Lunatic asylums in Bengal annual reports 1912-1924 - 1912-1924
Year: 1912
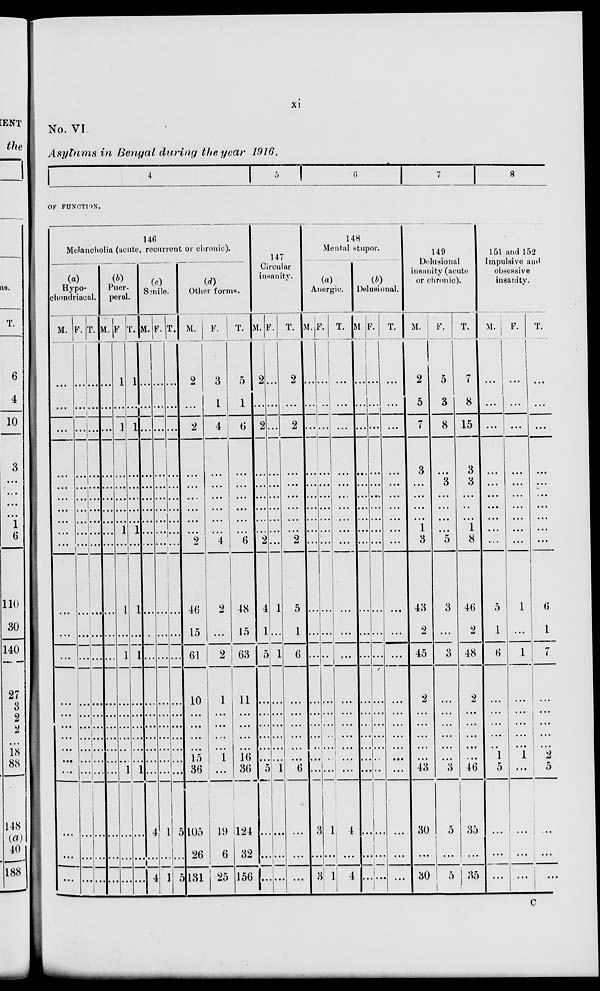
xi
No. VI
Asylums in Bengal during the year 1916.
4
5
6
7
8
OF FUNCTION.
146
Melancholia (acute, recurrent or chronic).
(a)
Hypo-
chondriacal.
M.
...
...
...
...
...
...
...
...
...
...
...
...
...
...
...
...
...
...
...
...
...
...
...
F.
...
...
...
...
...
...
...
...
...
...
...
...
...
...
...
...
...
...
...
...
...
...
...
T.
...
...
...
...
...
...
...
...
...
...
...
...
...
...
...
...
...
...
...
...
...
...
...
(b)
Puer-
peral.
M.
...
...
...
...
...
...
...
...
...
...
...
...
...
...
...
...
...
...
...
...
...
...
...
F.
1
...
1
...
...
...
...
...
1
...
1
...
1
...
...
...
...
...
...
1
...
...
...
T.
1
...
1
...
...
...
...
...
1
...
1
...
1
...
...
...
...
...
...
1
...
...
...
(c)
Senile.
M.
...
...
...
...
...
...
...
...
...
...
...
...
...
...
...
...
...
...
...
...
4
...
4
F.
...
...
...
...
...
...
...
...
...
...
...
...
...
...
...
...
...
...
...
...
1
...
1
T.
...
...
...
...
...
...
...
...
...
...
...
...
...
...
...
...
...
...
...
...
5
...
5
(d)
Other forms.
M.
2
...
2
...
...
...
...
...
...
2
46
15
61
10
...
...
...
...
15
36
105
26
131
F.
3
1
4
...
...
...
...
...
...
4
2
...
2
1
...
...
...
...
1
...
19
6
25
T.
5
1
6
...
...
...
...
...
...
6
48
15
63
11
...
...
...
...
16
36
124
32
156
147
Circular
insanity.
M.
2
...
2
...
...
...
...
...
...
2
4
1
5
...
...
...
...
...
...
5
...
...
...
F.
...
...
...
...
...
...
...
...
...
...
1
...
1
...
...
...
...
...
...
1
...
...
...
T.
2
...
2
...
...
...
...
...
...
2
5
1
6
...
...
...
...
...
...
6
...
...
...
148
Mental stupor.
(a)
Anergic.
M.
...
...
...
...
...
...
...
...
...
...
...
...
...
...
...
...
...
...
...
...
3
...
3
F.
...
...
...
...
...
...
...
...
...
...
...
...
...
...
...
...
...
...
...
...
1
...
1
T.
...
...
...
...
...
...
...
...
...
...
...
...
...
...
...
...
...
...
...
...
4
...
4
(b)
Delusional.
M.
...
...
...
...
...
...
...
...
...
...
...
...
...
...
...
...
...
...
...
...
...
...
...
F.
...
...
...
...
...
...
...
...
...
...
...
...
...
...
...
...
...
...
...
...
...
...
...
T.
...
...
...
...
...
...
...
...
...
...
...
...
...
...
...
...
...
...
...
...
...
...
...
149
Delusional
insanity (acute
or chronic).
M.
2
5
7
3
...
...
...
...
1
3
43
2
45
2
...
...
...
...
...
43
30
...
30
F.
5
3
8
...
3
...
...
...
...
5
3
...
3
...
...
...
...
...
...
3
5
...
5
T.
7
8
15
3
3
...
...
...
1
8
46
2
48
2
...
...
...
...
...
46
35
...
35
151 and 152
Impulsive and
obsessive
insanity.
M.
...
...
...
...
...
...
...
...
...
...
5
1
6
...
...
...
...
..
1
5
...
...
...
F.
...
...
...
...
...
...
...
...
...
...
1
...
1
...
...
...
...
...
1
...
...
...
...
T.
...
...
...
...
...
...
...
...
...
...
6
1
7
...
...
...
...
...
2
5
...
...
...
C